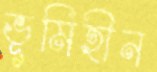
ভূমিহীন